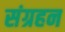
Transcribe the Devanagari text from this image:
संग्रहन